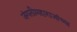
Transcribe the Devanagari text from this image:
जंगलीमहाराजांच्या